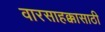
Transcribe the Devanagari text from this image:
वारसाहक्कासाठी